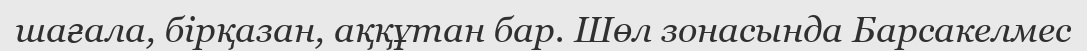
шағала, бірқазан, аққұтан бар. Шөл зонасында Барсакелмес